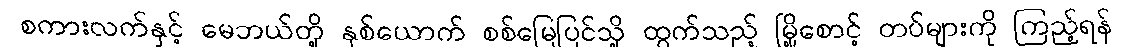
စကားလက်နှင့် မေဘယ်တို့ နှစ်ယောက် စစ်မြေပြင်သို့ ထွက်သည့် မြို့စောင့် တပ်များကို ကြည့်ရန်